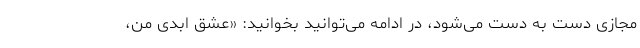
مجازی دست به دست می‌شود، در ادامه می‌توانید بخوانید: «عشق ابدی من،